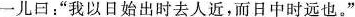
一儿口：”我以日始出时去人近，而日中时远也。”